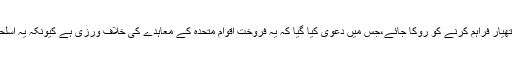
ACAT کا کہنا ہے کہ اس نے گزشتہ ہفتے پیرس انتظامی عدالت میں ایک اپیل دائر کی تھی کہ سعودی عرب کو ہتھیار فراہم کرنے کو روکا جائے،جس میں دعویٰ کیا گیا کہ یہ فروخت اقوام متحدہ کے معاہدے کی خلاف ورزی ہے کیونکہ یہ اسلحہ یمنی تنازع میں عام شہریوں کے خلاف استعمال ہو سکتا ہے، لیکن اس اپیل کو مسترد کردیا گیا۔